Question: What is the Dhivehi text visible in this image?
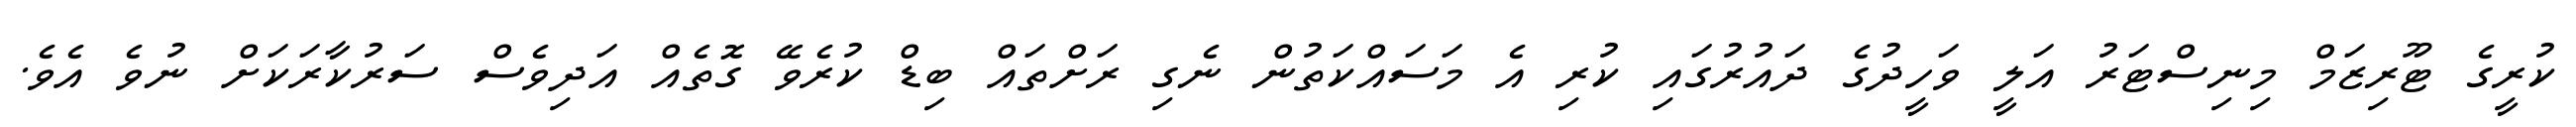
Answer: ކުރީގެ ޓޫރިޒަމް މިނިސްޓަރު އަލީ ވަހީދުގެ ދައުރުގައި ކުރި އެ މަސައްކަތުން ނެގި ރަށްތައް ބިޑް ކުރެވޭ ގޮތެއް އަދިވެސް ސަރުކާރަކަށް ނުވެ އެވެ.